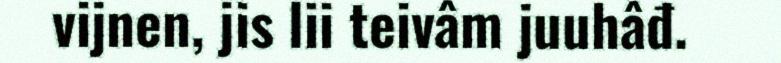
vijnen, jis lii teivâm juuhâđ.